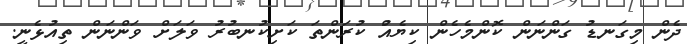
ދެން މިގަނޑު ގަންނަން ކޮންމެހެން ކިޔެއްު ކުރަންތަ ކަށިކުނބުރު ވަލަށް ވަންނަން ތިއުޅެނީ.